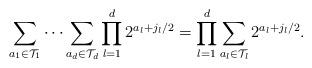
LaTeX: \begin{align*}\sum_{a_1\in\mathcal{T}_1}\cdots\sum_{a_d\in\mathcal{T}_d}\prod_{l=1}^d2^{a_l+j_l/2}=\prod_{l=1}^d\sum_{a_l\in\mathcal{T}_l}2^{a_l+j_l/2}.\end{align*}